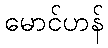
မောင်ဟန်